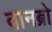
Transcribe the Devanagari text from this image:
वानब्रो